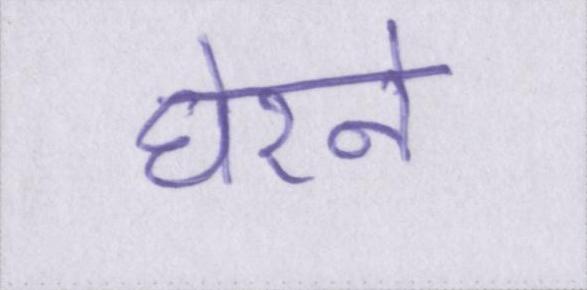
घेरने